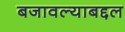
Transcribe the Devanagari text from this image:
बजावल्याबद्दल